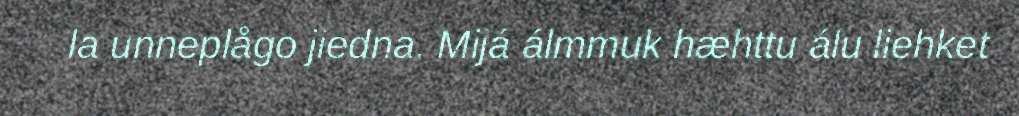
la unneplågo jiedna. Mijá álmmuk hæhttu álu liehket